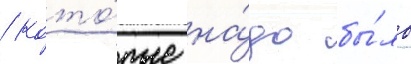
/ кото́рые на́до бы́ло